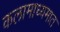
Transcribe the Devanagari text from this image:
कलामाध्यमात